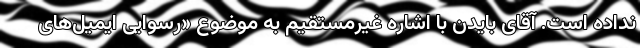
نداده است. آقای بایدن با اشاره غیرمستقیم به موضوع «رسوایی ایمیل‌های